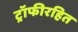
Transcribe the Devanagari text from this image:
ट्रॉफीरहित